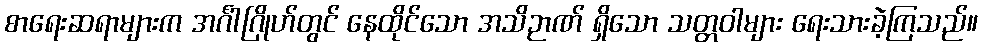
စာရေးဆရာများက အင်္ဂါဂြိုဟ်တွင် နေထိုင်သော အသိဉာဏ် ရှိသော သတ္တဝါများ ရေးသားခဲ့ကြသည်။